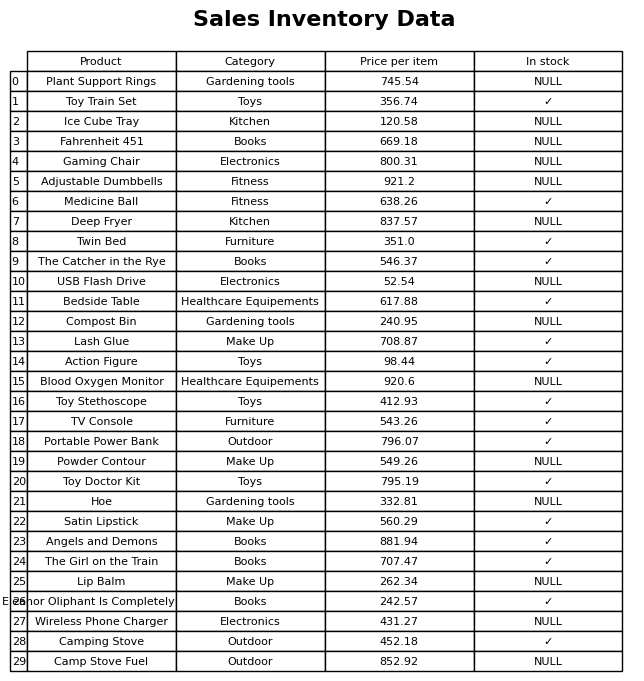
question: What is the price for Adjustable Dumbbells?
answer: The price of Adjustable Dumbbells is 921.2.